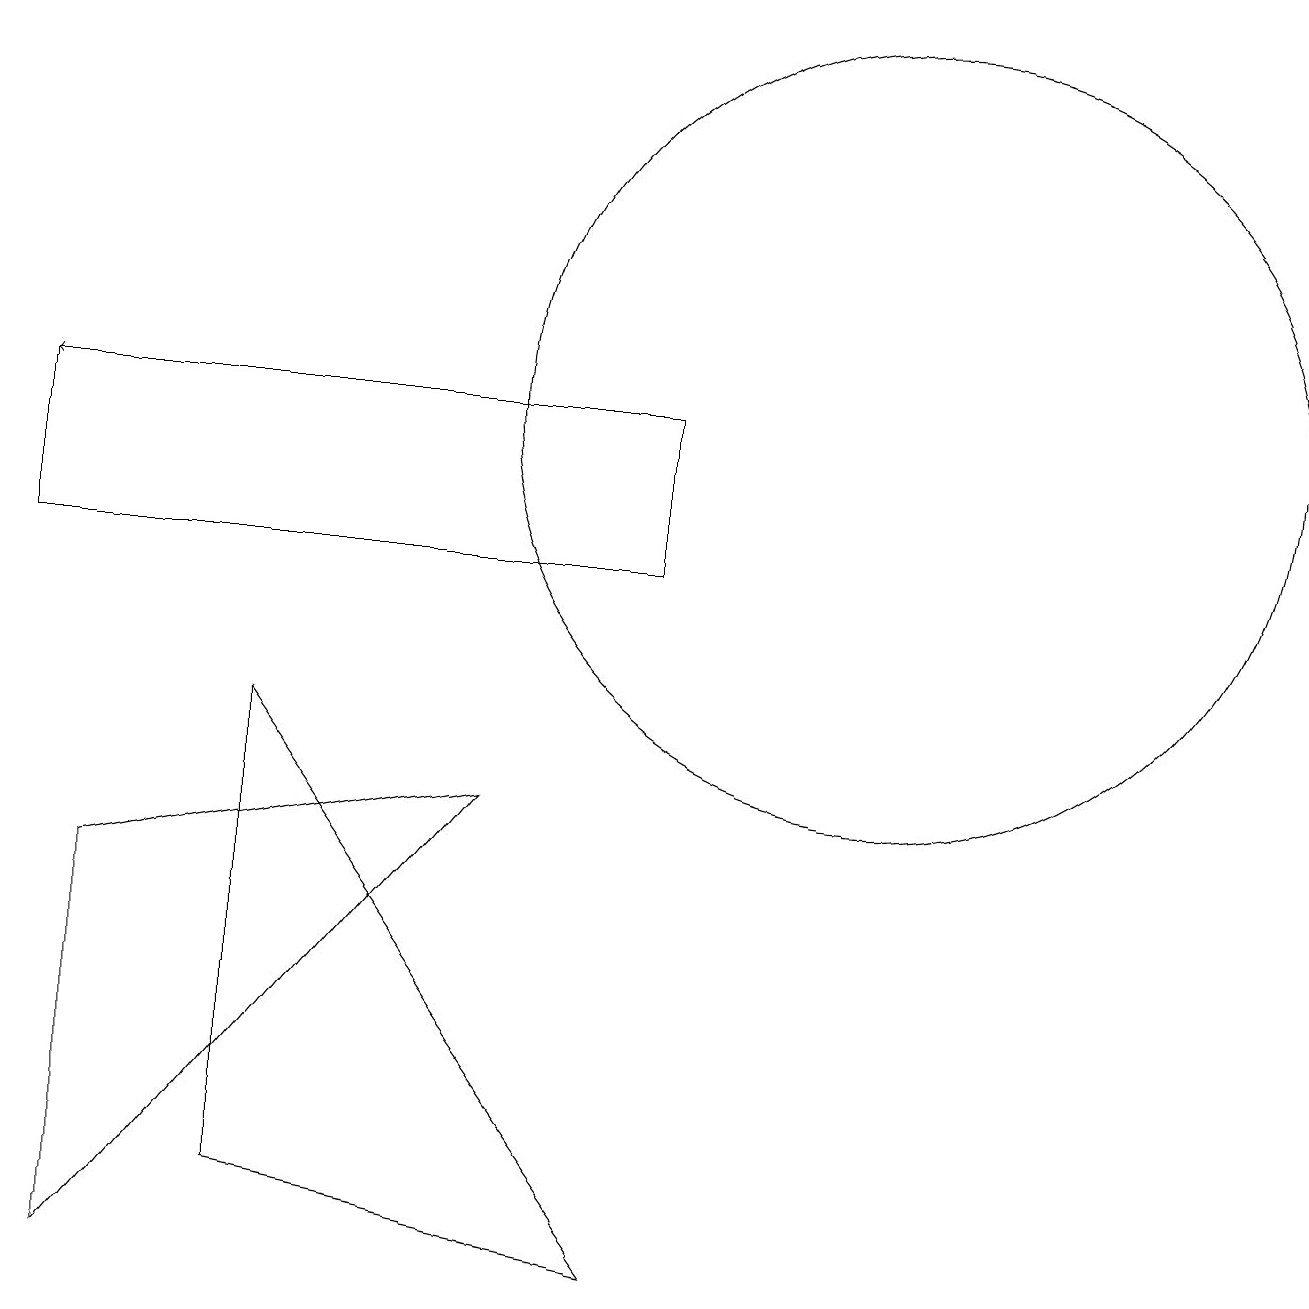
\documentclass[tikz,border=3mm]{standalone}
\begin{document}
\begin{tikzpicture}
\draw (1,1) -- (6,7) -- (1,6) -- cycle;
\draw (11,12) circle (5);
\draw (0,12) rectangle (8,10);
\draw[->] (8,12) -- (0,12);
\draw (3,8) -- (8,1) -- (3,2) -- cycle;
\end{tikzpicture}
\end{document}